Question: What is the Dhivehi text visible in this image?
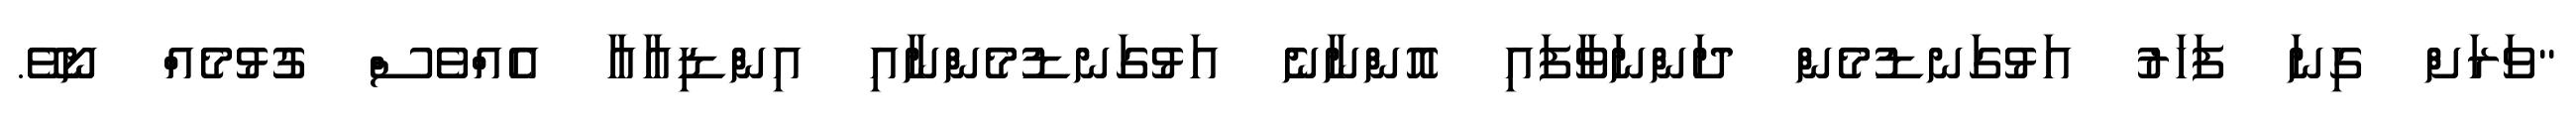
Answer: "ވަރަށް ގިނަ ފަހަރު އަޅުގަނޑުމެން ދަންނަވާފައި އޮންނާނެ އަޅުގަނޑުމެންނާއި އިންޑިއާއާ އެއްވެސް ގުޅުމެއް ނޯވޭ.